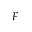
F